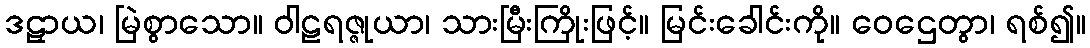
ဒဠှာယ၊ မြဲစွာသော။ ဝါဠရဇ္ဇုယာ၊ သားမြီးကြိုးဖြင့်။ မြင်းခေါင်းကို။ ဝေဌေတွာ၊ ရစ်၍။